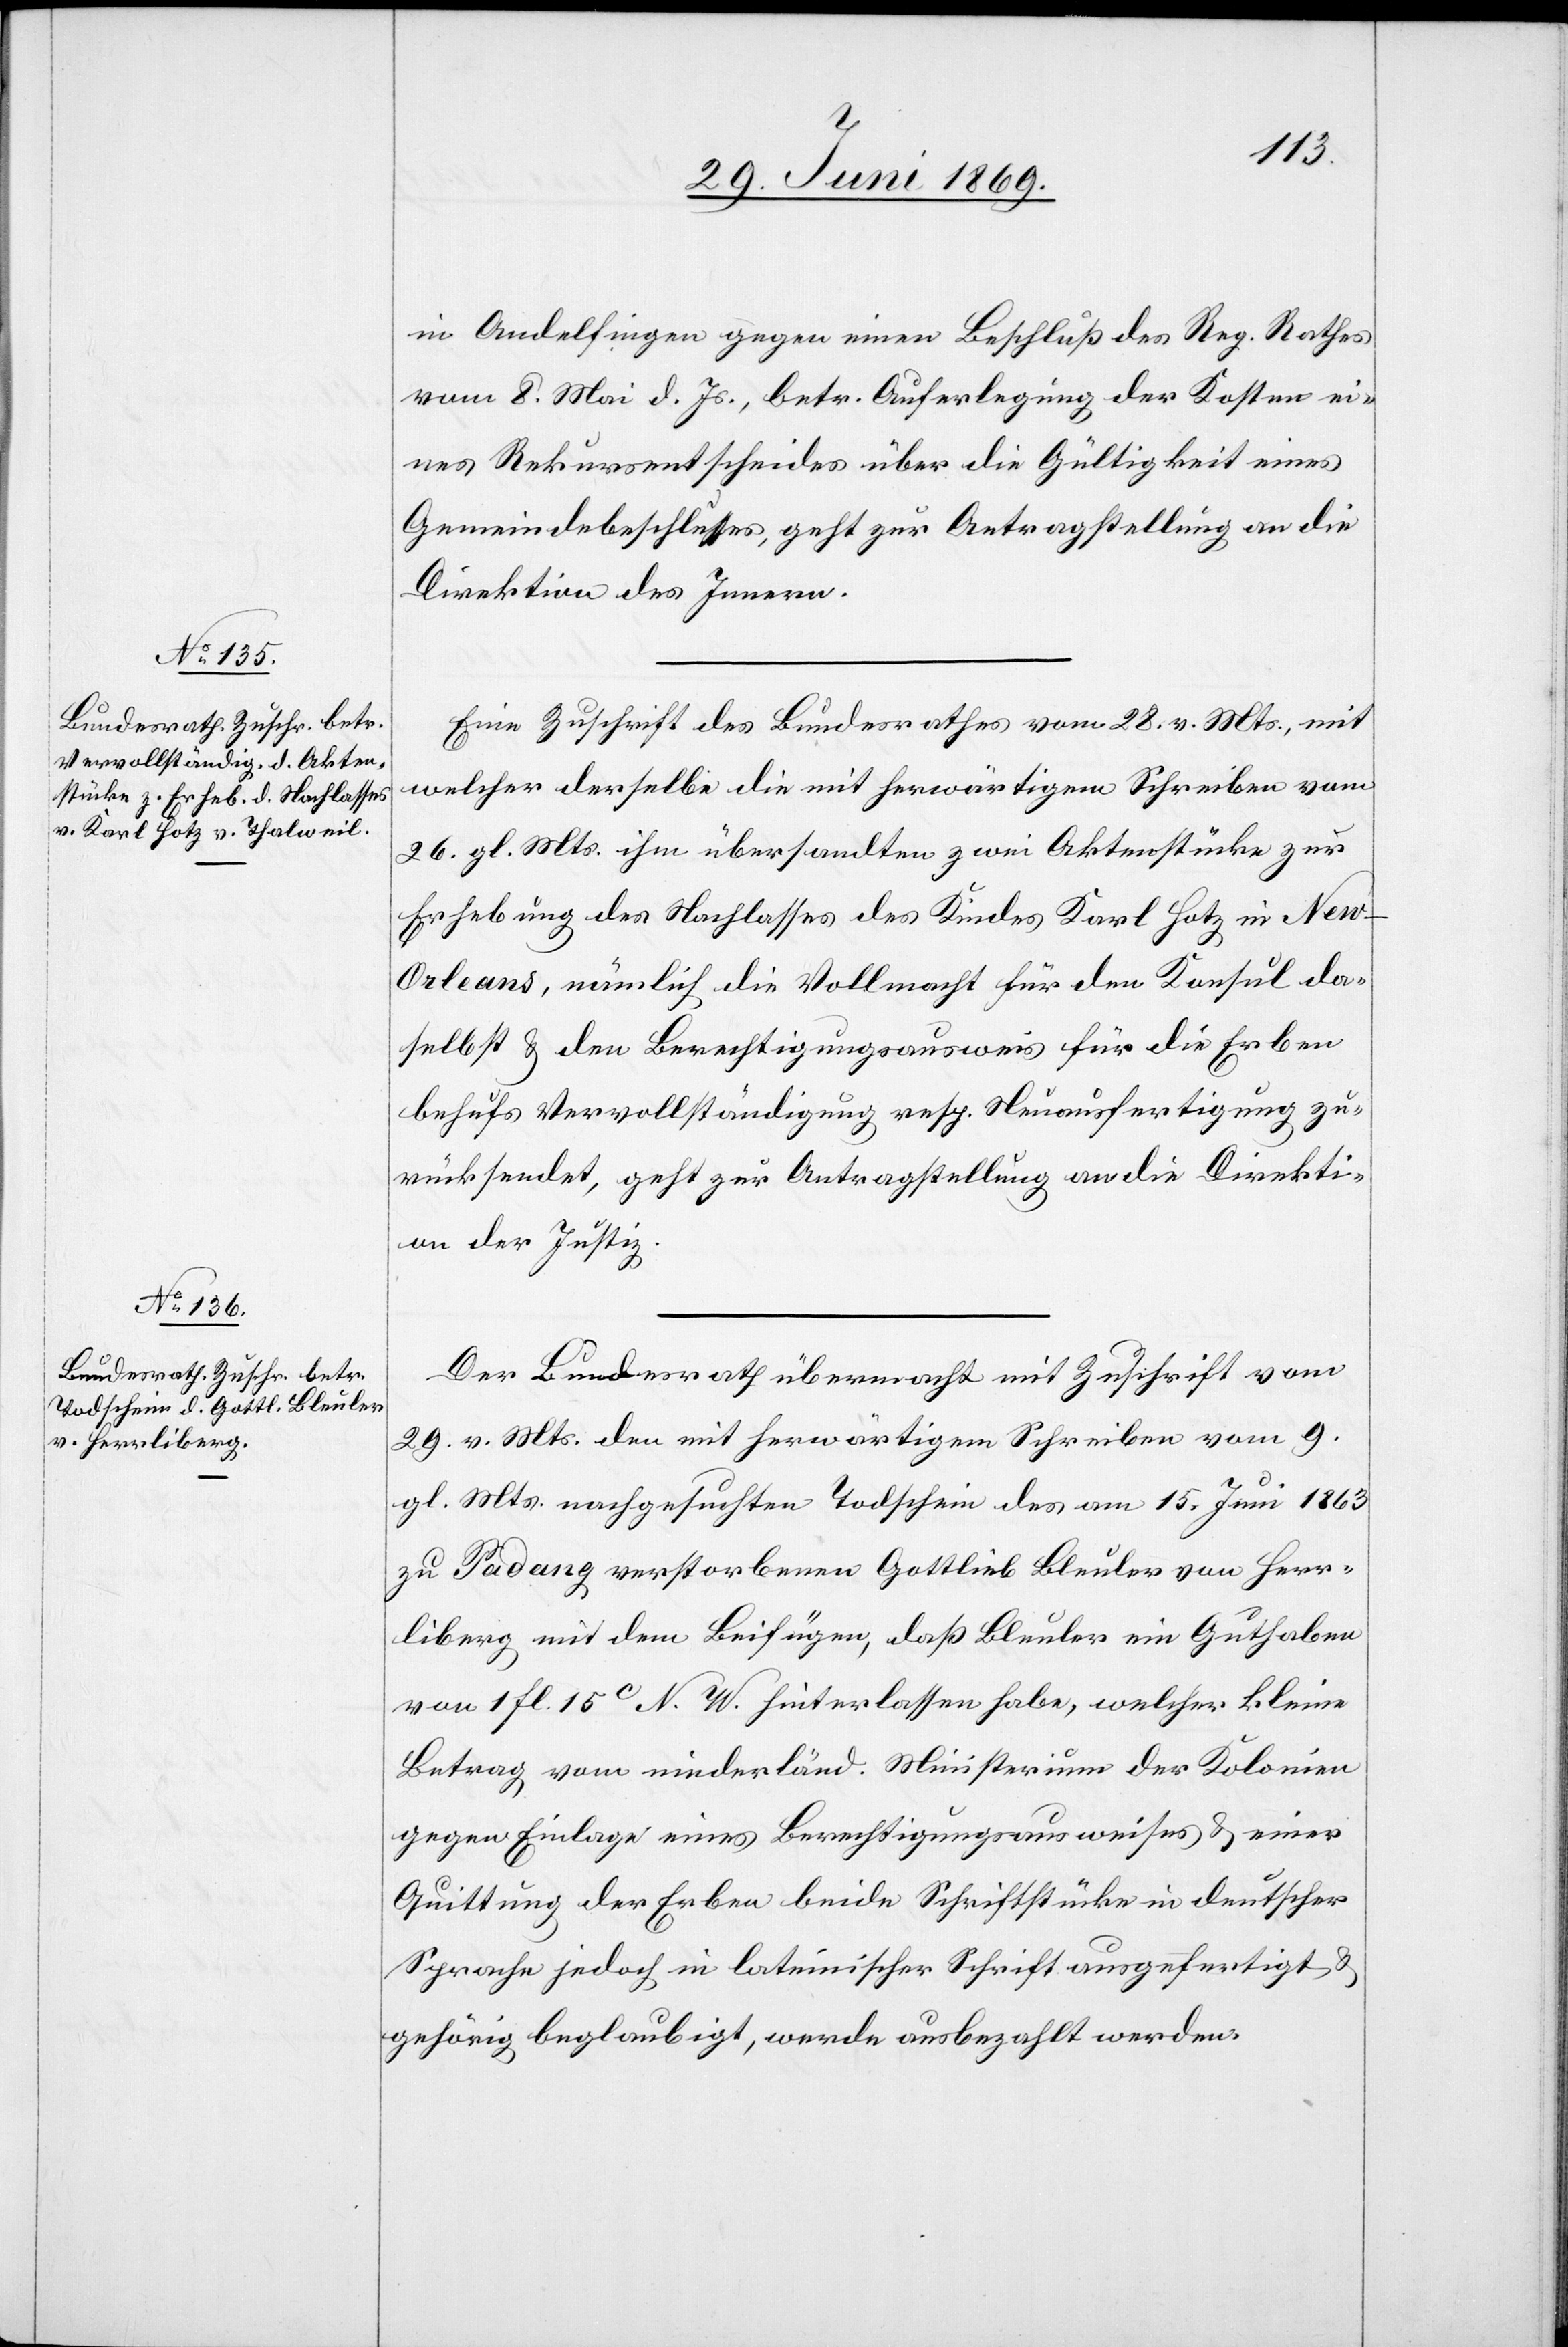
in Andelfingen gegen einen Beschluß des Reg. Rathes
vom 8. Mai d. Js., betr. Auferlegung der Kosten ei¬
nes Rekursentscheides über die Gültigkeit eines
Gemeindebeschlusses, geht zur Antragstellung an die
Direktion des Innern.
Eine Zuschrift des Bundesrathes vom 28. v. Mts., mit
welcher derselbe die mit herwärtigem Schreiben vom
26. gl. Mts. ihm übersandten zwei Aktenstücke zur
Erhebung des Nachlasses des Kindes Karl Hotz in New-O¬
rleans, nämlich die Vollmacht für den Konsul da¬
selbst u. den Berechtigungsausweis für die Erben
behufs Vervollständigung resp. Neuausfertigung zu¬
rücksendet, geht zur Antragstellung an die Direkti¬
on der Justiz.
Der Bundesrath übermacht mit Zuschrift vom
29. v. Mts. den mit herwärtigem Schreiben vom 9.
gl. Mts. nachgesuchten Todschein des vom 15. Juni 1863
zu Padang verstorbenen Gottlieb Bleuler von Herr¬
liberg mit dem Beifügen, daß Bleuler ein Guthaben
von 1 fl. 15c N. W. hinterlassen habe, welcher kleine
Betrag vom niederländ. Ministerium der Kolonien
gegen Einlage eines Berechtigungsausweises u. einer
Quittung der Erben beide Schriftstücke in deutscher
Sprache jedoch in lateinischer Schrift angefertigt u.
gehörig beglaubigt, werde ausbezahlt werden.